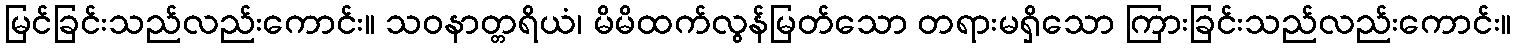
မြင်ခြင်းသည်လည်းကောင်း။ သဝနာတ္တရိယံ၊ မိမိထက်လွန်မြတ်သော တရားမရှိသော ကြားခြင်းသည်လည်းကောင်း။